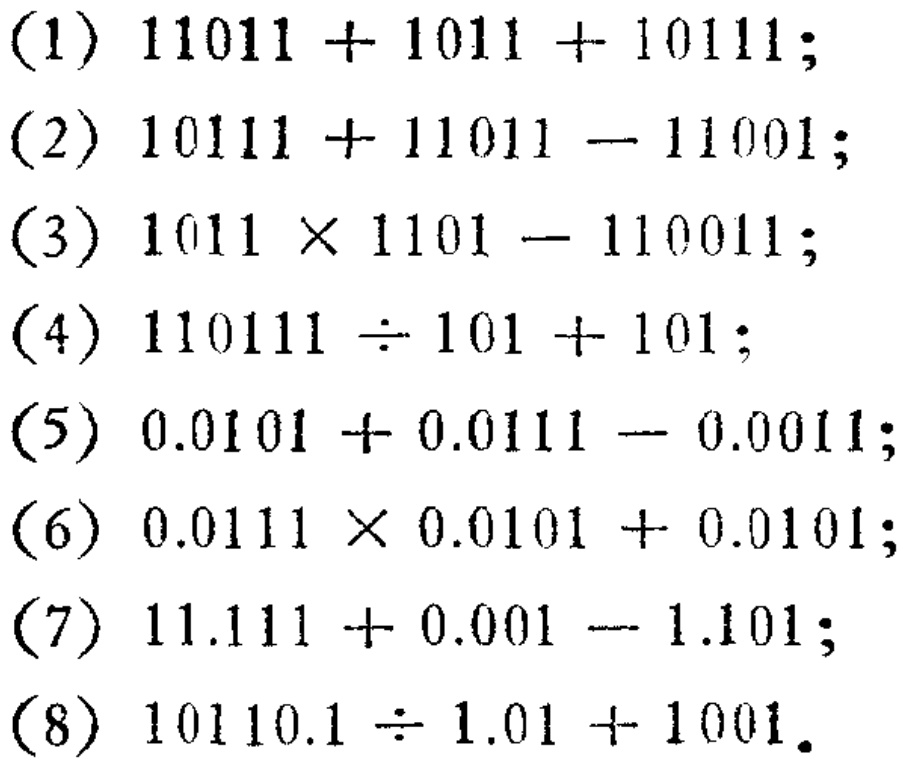
(1) \(11011 + 1011 + 10111\);

(2) \(10111 + 11011 - 11001\);

(3) \(1011\times1101 - 110011\);

(4) \(110111\div101 + 101\);

(5) \(0.0101 + 0.0111 - 0.0011\);

(6) \(0.0111\times0.0101 + 0.0101\);

(7) \(11.111 + 0.001 - 1.101\);

(8) \(10110.1\div1.01 + 1001\).